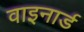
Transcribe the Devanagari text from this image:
वाइनार्ड